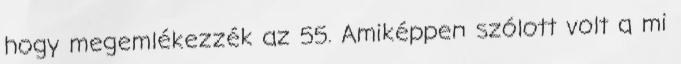
hogy megemlékezzék az 55. Amiképpen szólott volt a mi